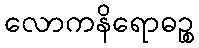
လောကနိရောဓဉ္စ